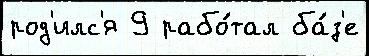
род'илс'я 9 рабо́тал ба́з'е